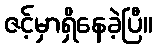
ဇင့်မှာရှိနေခဲ့ပြီ။